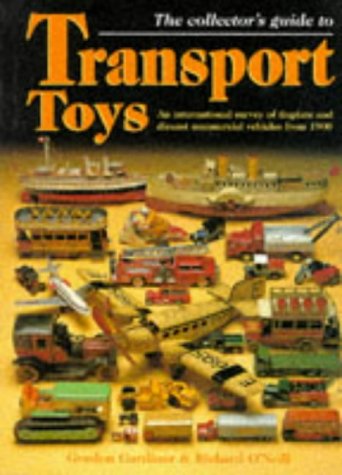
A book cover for The collector's guide to transport toys: an international survey of tinplate and diecast commercial vehicles from 1900; Gordon & O'NEILL, Richard GARDINER; Crafts, Hobbies & Home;